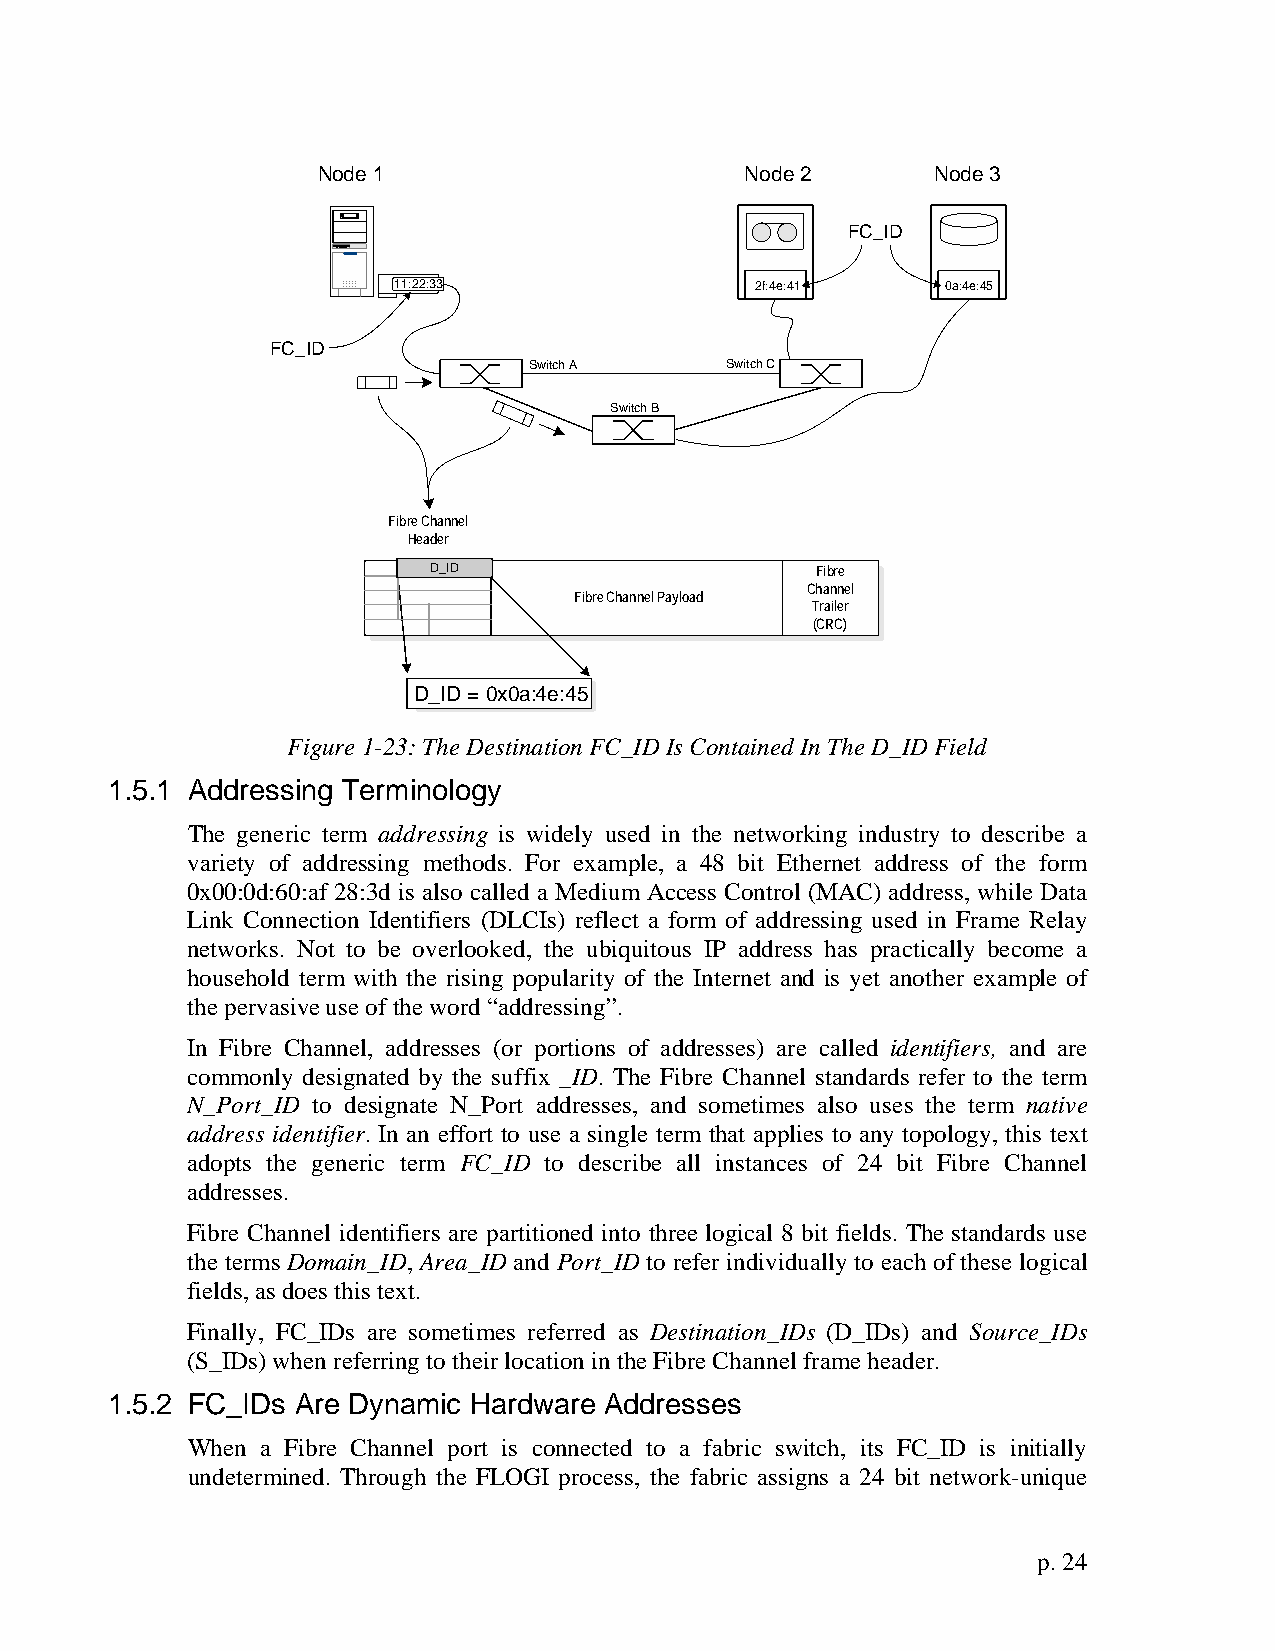
Node 1                      Node 2       Node 3
 FC_ID
 11:22:33                2f:4e:41     0a:4e:45
 FC_ID
 Switch A     Switch C
 Switch B
 Fibre Channel
 Header
 D_ID                      Fibre
 Channel
 Fibre Channel Payload
 Trailer
 (CRC)
 D_ID = 0x0a:4e:45
 Figure 1-23: The Destination FC_ID Is Contained In The D_ID Field
 1.5.1 Addressing Terminology
 The generic term addressing is widely used in the networking industry to describe a
 variety of addressing methods. For example, a 48 bit Ethernet address of the form
 0x00:0d:60:af 28:3d is also called a Medium Access Control (MAC) address, while Data
 Link Connection Identifiers (DLCIs) reflect a form of addressing used in Frame Relay
 networks. Not to be overlooked, the ubiquitous IP address has practically become a
 household term with the rising popularity of the Internet and is yet another example of
 the pervasive use of the word “addressing”.
 In Fibre Channel, addresses (or portions of addresses) are called identifiers, and are
 commonly designated by the suffix _ID. The Fibre Channel standards refer to the term
 N_Port_ID to designate N_Port addresses, and sometimes also uses the term native
 address identifier. In an effort to use a single term that applies to any topology, this text
 adopts the generic term FC_ID to describe all instances of 24 bit Fibre Channel
 addresses.
 Fibre Channel identifiers are partitioned into three logical 8 bit fields. The standards use
 the terms Domain_ID, Area_ID and Port_ID to refer individually to each of these logical
 fields, as does this text.
 Finally, FC_IDs are sometimes referred as Destination_IDs (D_IDs) and Source_IDs
 (S_IDs) when referring to their location in the Fibre Channel frame header.
 1.5.2 FC_IDs Are Dynamic Hardware Addresses
 When a Fibre Channel port is connected to a fabric switch, its FC_ID is initially
 undetermined. Through the FLOGI process, the fabric assigns a 24 bit network-unique
 p. 24